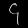
Digit: ၄